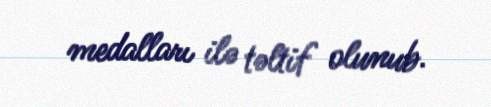
medalları ilə təltif olunub.